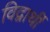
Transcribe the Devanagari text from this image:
विद्वार्थी